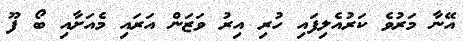
އޭނާ މަރުވެ ކަރުއެލިފައި ހުރި އިރު ވަޒަން އަރައި މެއަށާއި ބޯ ފޫ